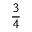
\frac 3 4